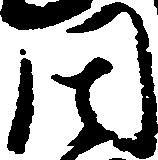
周